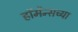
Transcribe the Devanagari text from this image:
हॉर्मेन्सच्या